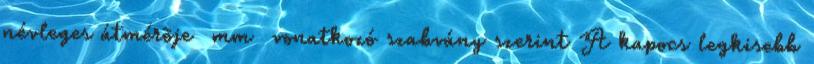
névleges átmérõje mm vonatkozó szabvány szerint A kapocs legkisebb